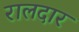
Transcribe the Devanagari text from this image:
रालदार